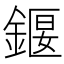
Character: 䤷